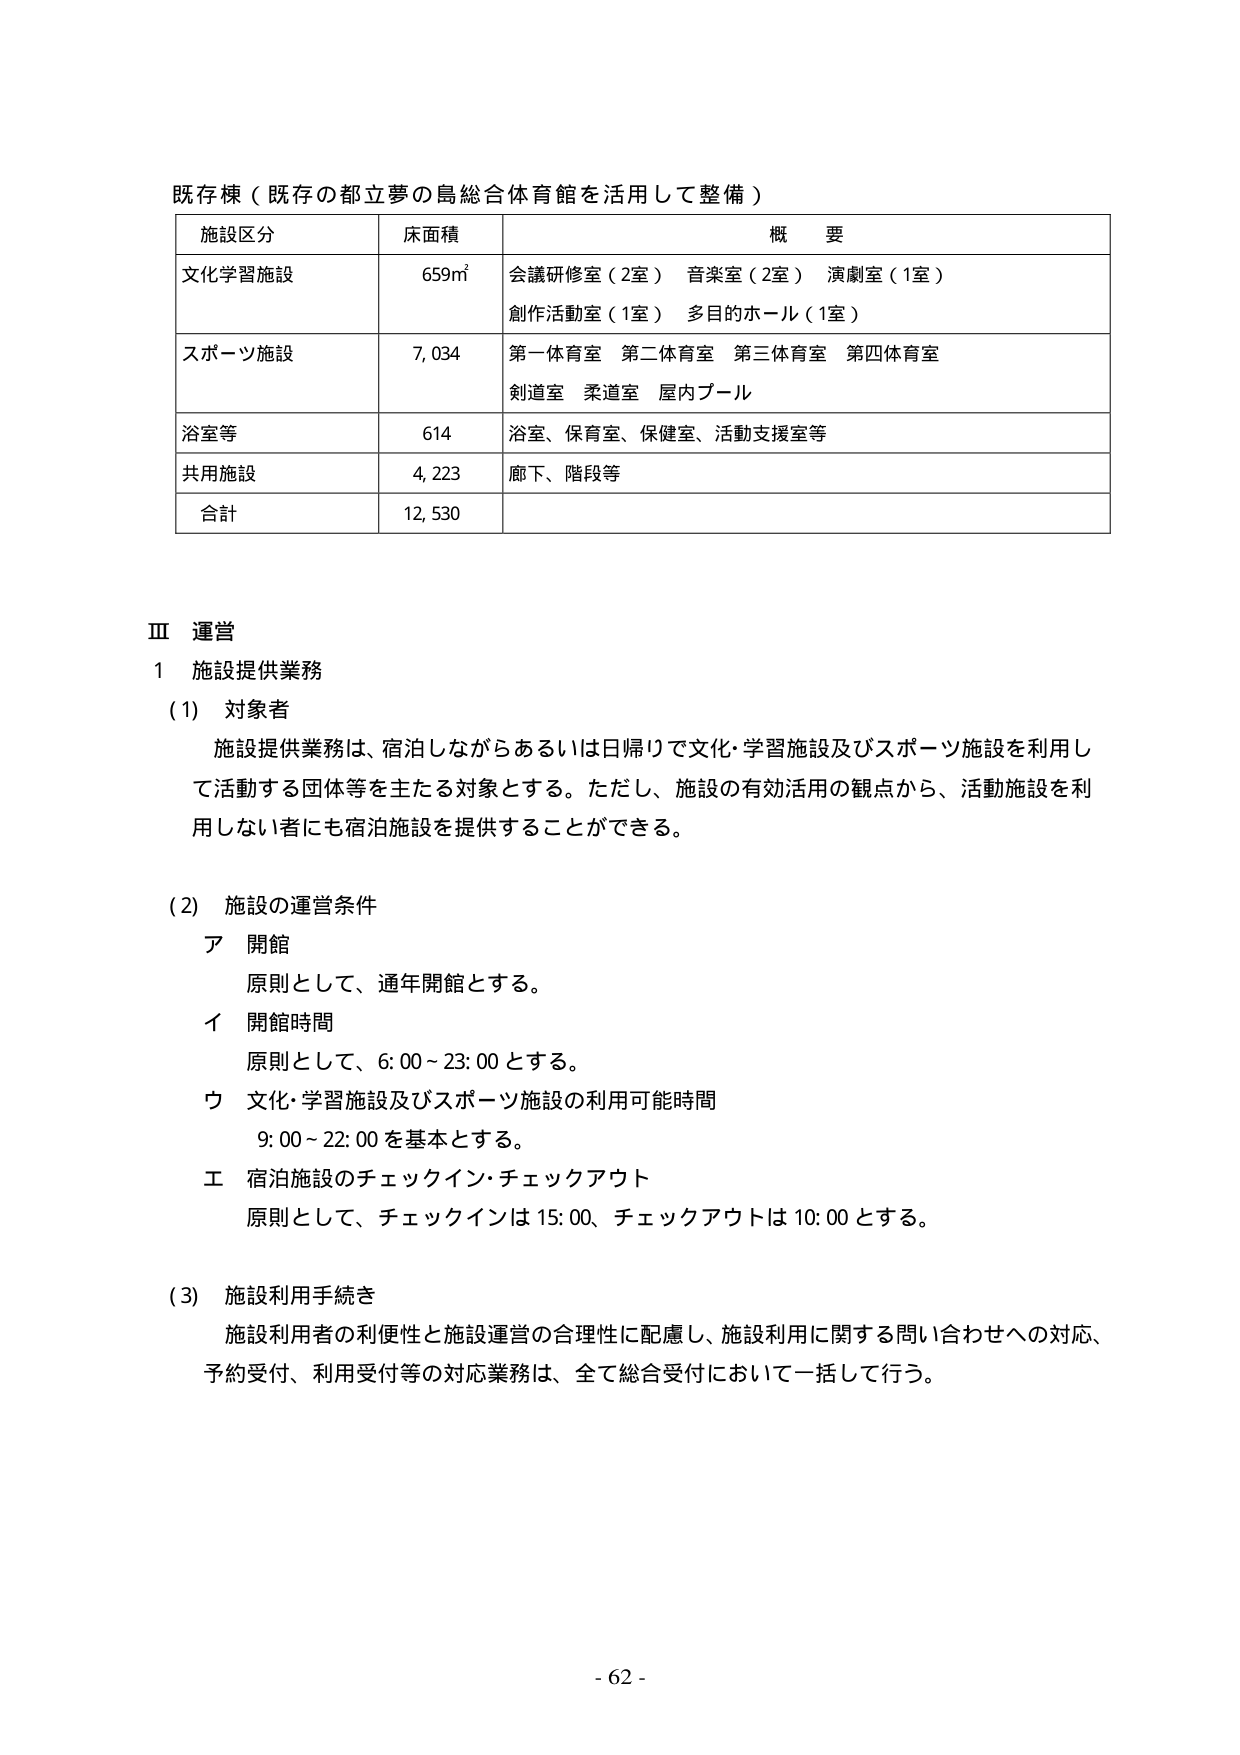
既存棟（既存の都立夢の島総合体育館を活用して整備）

施設区分　　床面積　　概要
文化学習施設　659㎡　　会議研修室（2室）　音楽室（2室）　演劇室（1室）　創作活動室（1室）　多目的ホール（1室）
スポーツ施設　7,034　　第一体育室　第二体育室　第三体育室　第四体育室　剣道室　柔道室　屋内プール
浴室等　　614　　浴室、保育室、保健室、活動支援室等
共用施設　4,223　　廊下、階段等
合計　　12,530

Ⅲ 運営
1 施設提供業務
(1) 対象者
施設提供業務は、宿泊しながらあるいは日帰りで文化・学習施設及びスポーツ施設を利用して活動する団体等を主たる対象とする。ただし、施設の有効活用の観点から、活動施設を利用しない者にも宿泊施設を提供することができる。

(2) 施設の運営条件
ア 開館
原則として、通年開館とする。
イ 開館時間
原則として、6:00～23:00とする。
ウ 文化・学習施設及びスポーツ施設の利用可能時間
9:00～22:00を基本とする。
エ 宿泊施設のチェックイン・チェックアウト
原則として、チェックインは15:00、チェックアウトは10:00とする。

(3) 施設利用手続き
施設利用者の利便性と施設運営の合理性に配慮し、施設利用に関する問い合わせへの対応、予約受付、利用受付等の対応業務は、全て総合受付において一括して行う。

- 62 -